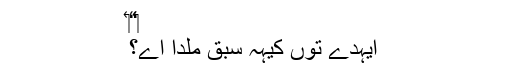
‏“‏
ایہدے توں کیہہ سبق مِلدا اے؟